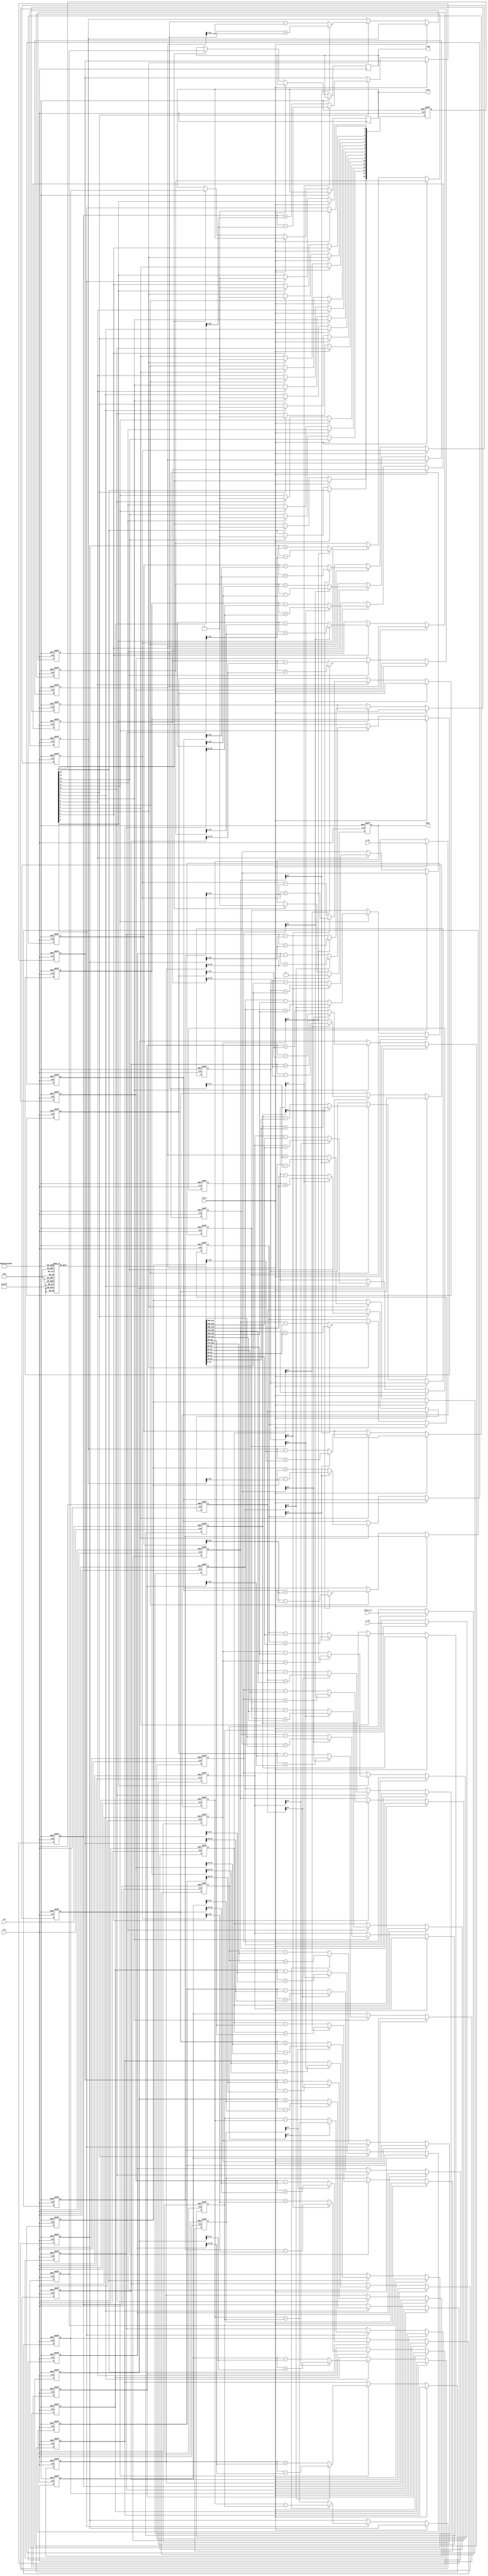
module pipeline_cordic (
    input wire clk,
    input wire rst,
    input wire start,
    input wire [15:0] x_in, // Input vector x
    input wire [15:0] y_in, // Input vector y
    input wire [15:0] theta_in, // Input angle
    output reg [15:0] x_out, // Output vector x
    output reg [15:0] y_out, // Output vector y
    output reg done // Operation done signal
);

    // Parameters
    parameter NUM_STAGES = 16; // Number of pipeline stages
    parameter ANGLE_WIDTH = 16; // Width of angle
    parameter COORD_WIDTH = 16; // Width of coordinates

    // Angle table (precomputed angles for CORDIC)
    reg [ANGLE_WIDTH-1:0] angle_table [0:NUM_STAGES-1];
    initial begin
        // Populate angle table with precomputed values (in radians)
        angle_table[0] = 16'h0000; // 0 degrees
        angle_table[1] = 16'h0C90; // 45 degrees
        angle_table[2] = 16'h0A3D; // 26.565 degrees
        // ... Fill in the rest of the angle values
    end

    // Pipeline registers
    reg [COORD_WIDTH-1:0] x_reg [0:NUM_STAGES-1];
    reg [COORD_WIDTH-1:0] y_reg [0:NUM_STAGES-1];
    reg [ANGLE_WIDTH-1:0] theta_reg [0:NUM_STAGES-1];
    reg [NUM_STAGES-1:0] stage_done;

    integer i;

    // Control logic
    always @(posedge clk or posedge rst) begin
        if (rst) begin
            // Reset all registers
            for (i = 0; i < NUM_STAGES; i = i + 1) begin
                x_reg[i] <= 0;
                y_reg[i] <= 0;
                theta_reg[i] <= 0;
                stage_done[i] <= 0;
            end
            done <= 0;
        end else if (start) begin
            // Load initial values into the first stage
            x_reg[0] <= x_in;
            y_reg[0] <= y_in;
            theta_reg[0] <= theta_in;
            stage_done[0] <= 1;
            done <= 0;
        end else begin
            // Pipeline processing
            for (i = 0; i < NUM_STAGES-1; i = i + 1) begin
                if (stage_done[i]) begin
                    // Perform CORDIC rotation
                    if (theta_reg[i][ANGLE_WIDTH-1] == 1'b0) begin
                        x_reg[i+1] <= x_reg[i] - (y_reg[i] >> i);
                        y_reg[i+1] <= y_reg[i] + (x_reg[i] >> i);
                        theta_reg[i+1] <= theta_reg[i] - angle_table[i];
                    end else begin
                        x_reg[i+1] <= x_reg[i] + (y_reg[i] >> i);
                        y_reg[i+1] <= y_reg[i] - (x_reg[i] >> i);
                        theta_reg[i+1] <= theta_reg[i] + angle_table[i];
                    end
                    stage_done[i+1] <= 1;
                end
            end

            // Mark the last stage as done
            if (stage_done[NUM_STAGES-1]) begin
                x_out <= x_reg[NUM_STAGES-1];
                y_out <= y_reg[NUM_STAGES-1];
                done <= 1;
            end
        end
    end

endmodule